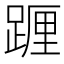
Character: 𨂷